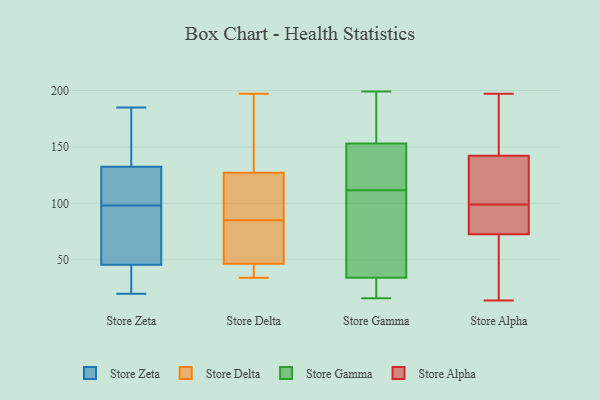
{"axis": {"x": "Backlog", "y": "Value"}, "legend": ["Store Alpha", "Store Delta", "Store Gamma", "Store Zeta"], "data": [{"x": "", "y": 107, "type": "Store Zeta"}, {"x": "", "y": 134, "type": "Store Zeta"}, {"x": "", "y": 67, "type": "Store Zeta"}, {"x": "", "y": 131, "type": "Store Zeta"}, {"x": "", "y": 174, "type": "Store Zeta"}, {"x": "", "y": 155, "type": "Store Zeta"}, {"x": "", "y": 106, "type": "Store Zeta"}, {"x": "", "y": 64, "type": "Store Zeta"}, {"x": "", "y": 43, "type": "Store Zeta"}, {"x": "", "y": 27, "type": "Store Zeta"}, {"x": "", "y": 185, "type": "Store Zeta"}, {"x": "", "y": 32, "type": "Store Zeta"}, {"x": "", "y": 48, "type": "Store Zeta"}, {"x": "", "y": 20, "type": "Store Zeta"}, {"x": "", "y": 91, "type": "Store Zeta"}, {"x": "", "y": 105, "type": "Store Zeta"}, {"x": "", "y": 147, "type": "Store Delta"}, {"x": "", "y": 48, "type": "Store Delta"}, {"x": "", "y": 100, "type": "Store Delta"}, {"x": "", "y": 70, "type": "Store Delta"}, {"x": "", "y": 34, "type": "Store Delta"}, {"x": "", "y": 37, "type": "Store Delta"}, {"x": "", "y": 147, "type": "Store Delta"}, {"x": "", "y": 107, "type": "Store Delta"}, {"x": "", "y": 103, "type": "Store Delta"}, {"x": "", "y": 63, "type": "Store Delta"}, {"x": "", "y": 197, "type": "Store Delta"}, {"x": "", "y": 45, "type": "Store Delta"}, {"x": "", "y": 199, "type": "Store Gamma"}, {"x": "", "y": 109, "type": "Store Gamma"}, {"x": "", "y": 156, "type": "Store Gamma"}, {"x": "", "y": 16, "type": "Store Gamma"}, {"x": "", "y": 34, "type": "Store Gamma"}, {"x": "", "y": 153, "type": "Store Gamma"}, {"x": "", "y": 123, "type": "Store Gamma"}, {"x": "", "y": 114, "type": "Store Gamma"}, {"x": "", "y": 59, "type": "Store Gamma"}, {"x": "", "y": 20, "type": "Store Gamma"}, {"x": "", "y": 75, "type": "Store Alpha"}, {"x": "", "y": 197, "type": "Store Alpha"}, {"x": "", "y": 59, "type": "Store Alpha"}, {"x": "", "y": 73, "type": "Store Alpha"}, {"x": "", "y": 146, "type": "Store Alpha"}, {"x": "", "y": 186, "type": "Store Alpha"}, {"x": "", "y": 14, "type": "Store Alpha"}, {"x": "", "y": 123, "type": "Store Alpha"}, {"x": "", "y": 99, "type": "Store Alpha"}, {"x": "", "y": 141, "type": "Store Alpha"}, {"x": "", "y": 71, "type": "Store Alpha"}, {"x": "", "y": 87, "type": "Store Alpha"}, {"x": "", "y": 109, "type": "Store Alpha"}]}